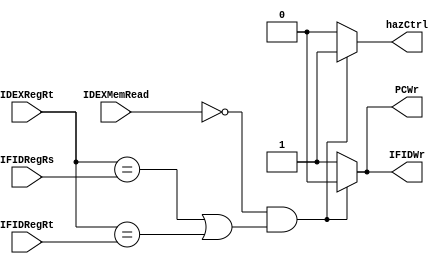
// Checking for load instructions, the control for the hazard detection unit is this single condition.

// The first line tests to see if the instruction is a load: the only instruction that reads data memory is a load.
// The next two lines check to see if the destination register field of the load in the EX stage matches either source register
// of the instruction in the ID stage. If the condition holds, the instruction stalls one clock cycle. After this 1-cycle stall,
//  the forwarding logic can handle the dependence and execution proceeds.
module hazardDetectU(IFIDRegRs,IFIDRegRt,IDEXRegRt,IDEXMemRead,IFIDWr,PCWr,hazCtrl);
  input [4:0]IFIDRegRs,IFIDRegRt,IDEXRegRt;
  input IDEXMemRead;

  output reg IFIDWr,PCWr, hazCtrl;

  always @(IFIDRegRs,IFIDRegRt,IDEXRegRt,IDEXMemRead)
    if (~IDEXMemRead & ((IDEXRegRt == IFIDRegRs) | (IDEXRegRt == IFIDRegRt)))
      begin
        IFIDWr = 0;
        PCWr = 0;
        hazCtrl = 1;
      end
    else
      begin
        IFIDWr = 1;
        PCWr = 1;
        hazCtrl= 0;
      end

endmodule

module hazardDetectU_test ();
  reg [4:0]IFIDRegRs,IFIDRegRt,IDEXRegRt;
  reg IDEXMemRead;
  wire IFIDWr,PCWr, hazCtrl;

  hazardDetectU dut(IFIDRegRs,IFIDRegRt,IDEXRegRt,IDEXMemRead,IFIDWr,PCWr,hazCtrl);

  parameter d = 20;

  initial begin
    #d;
    IDEXMemRead <= 1'b1;
    IFIDRegRs <= 5'b1; IFIDRegRt <= 5'b101; 
    IDEXRegRt <= 5'b1; 
    #d;
    #d;
    IDEXMemRead <= 1'b1;
    IFIDRegRs <= 5'b100; IFIDRegRt <= 5'b101; 
    IDEXRegRt <= 5'b1; 
    #d;
    #d;
    $stop;
    $finish;
  end 
endmodule